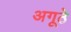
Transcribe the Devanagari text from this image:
अगूठे